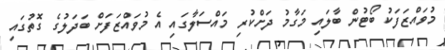
މުވައްޒަފަކު ބޯޓުން ބާލައި މަގާމު ދަށްކުރި މައްސަލާގައި އެ މުވައްޒަފަށް ބަދަލުގެ ގޮތުގައި